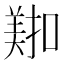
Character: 𫅖